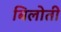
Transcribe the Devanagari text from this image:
बिलोती